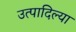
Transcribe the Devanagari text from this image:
उत्पादिल्या